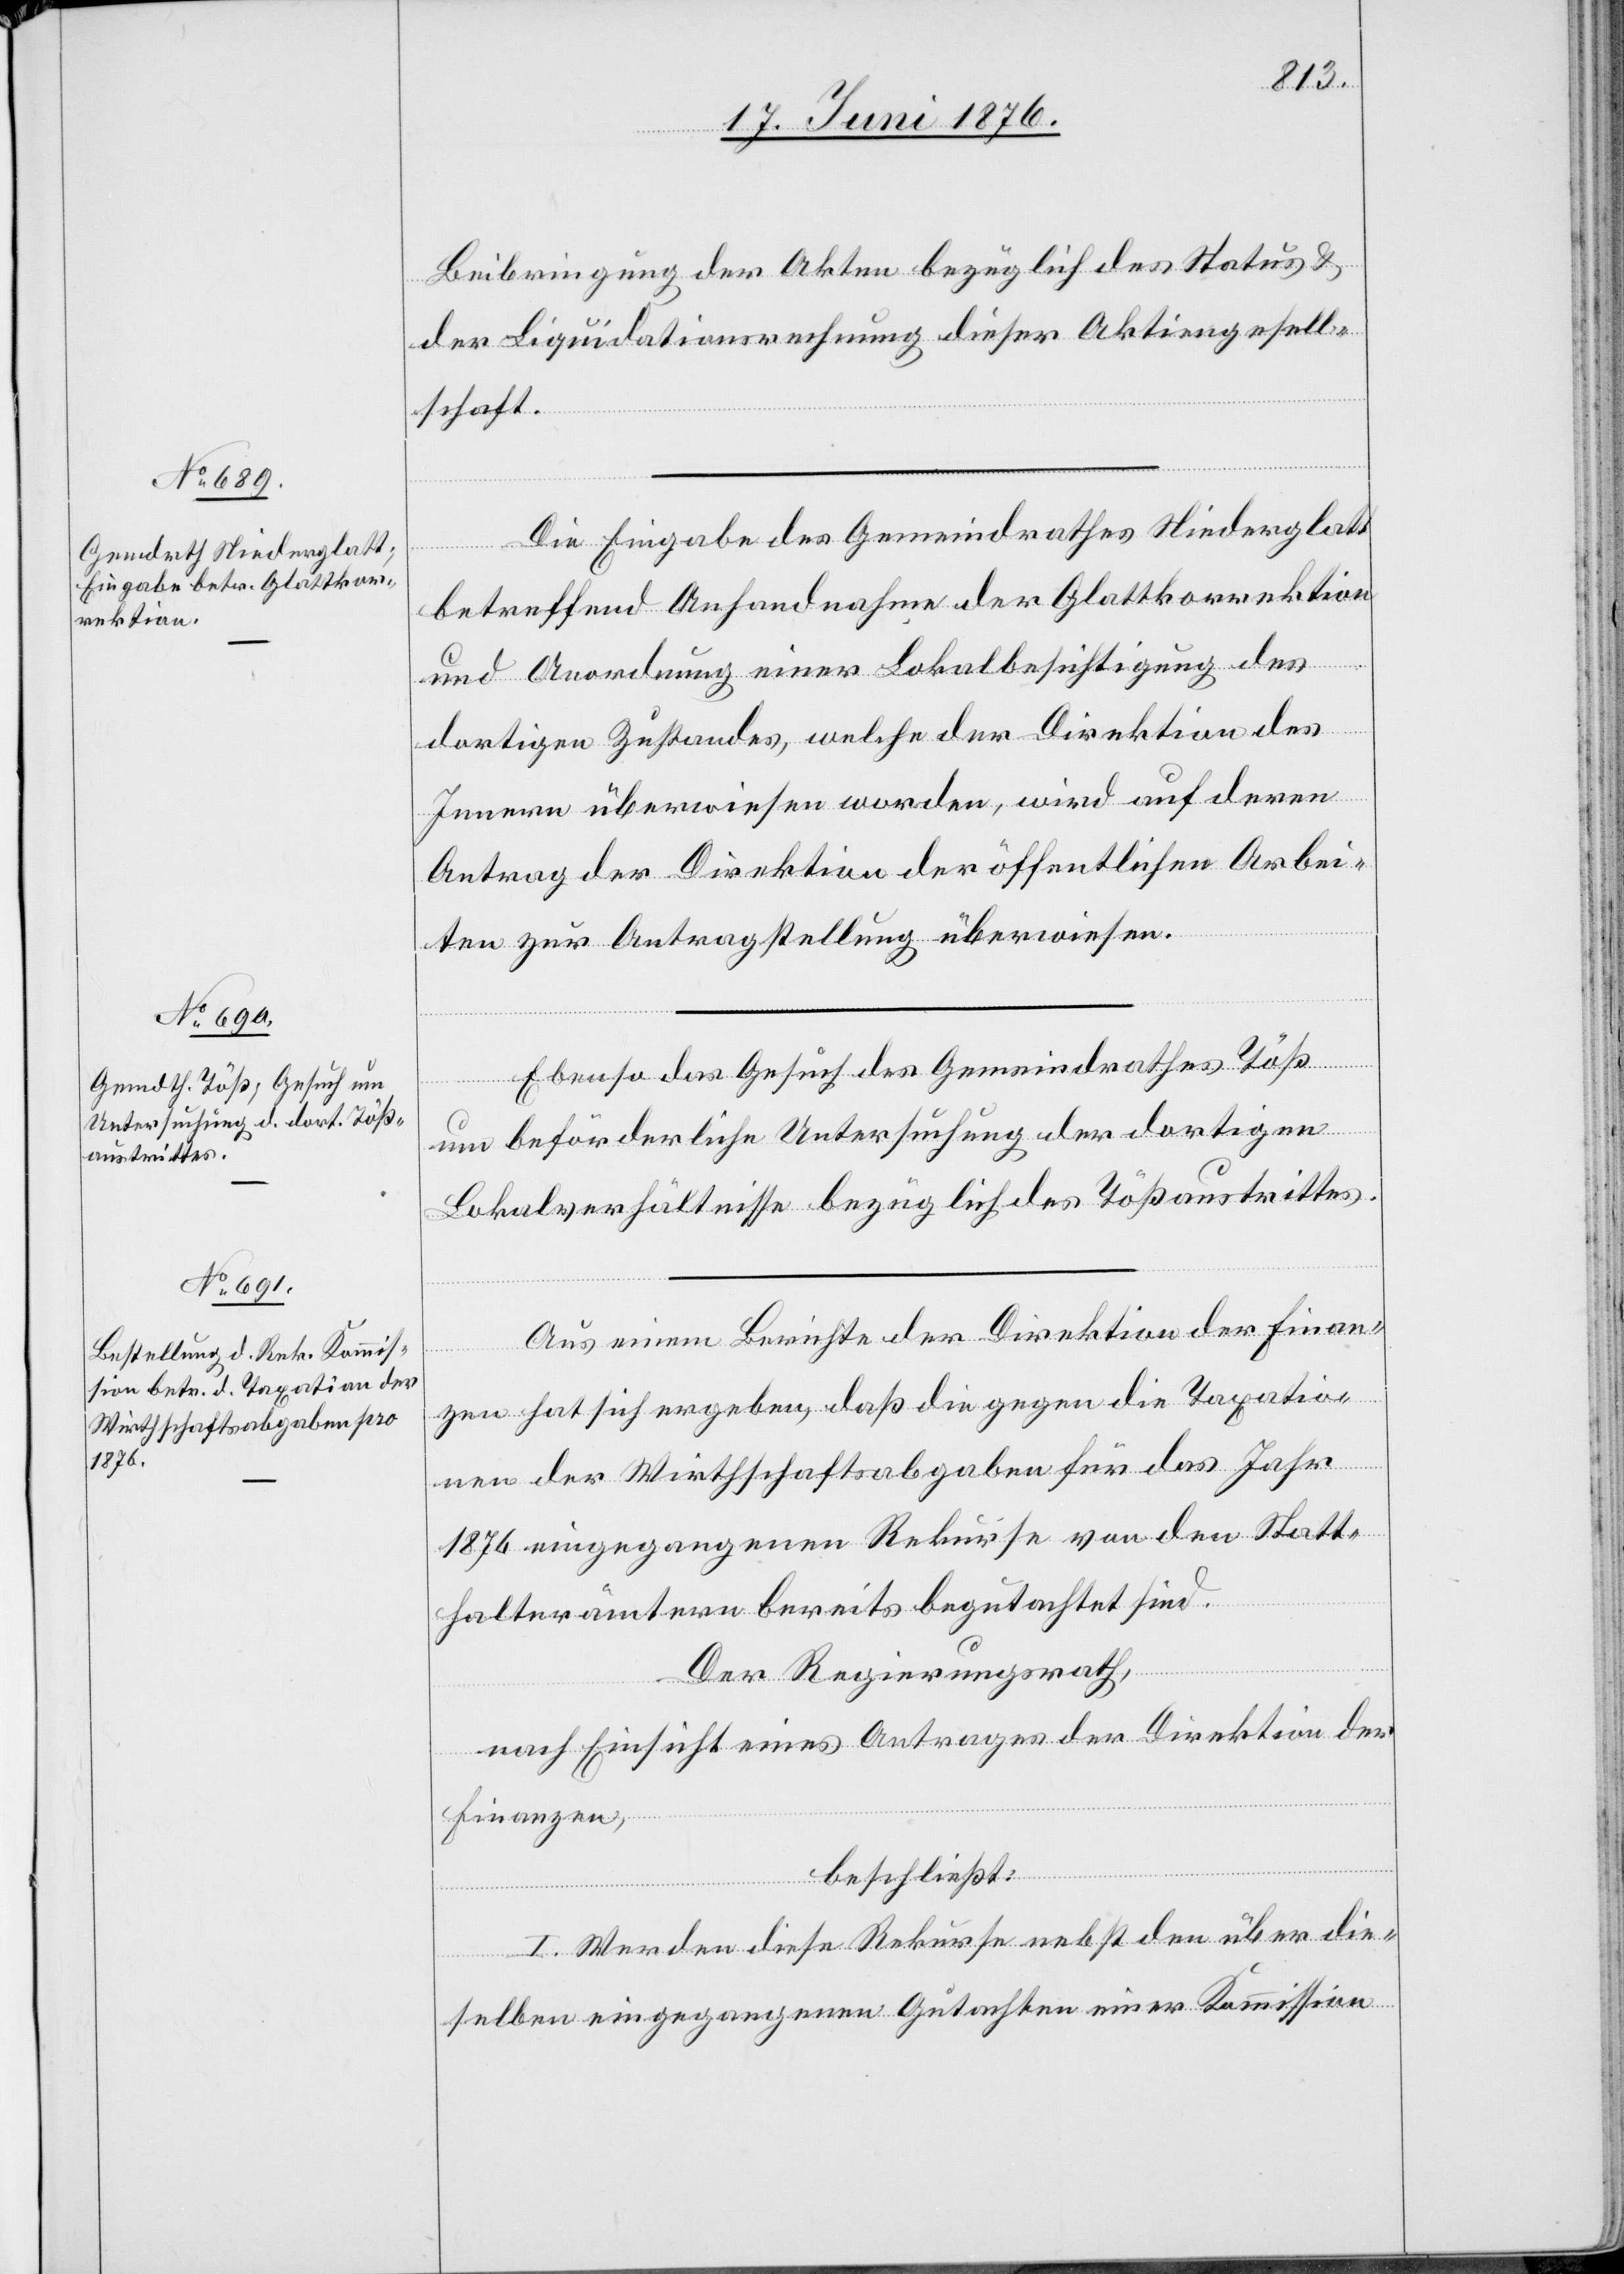
Beibringung der Akten bezüglich des Status &
der Liquidationsrechnung dieser Aktiengesell¬
schaft.
Die Eingabe des Gemeindrathes Niederglatt
betreffend Anhandnahme der Glattkorrektion
und Anordnung einer Lokalbesichtigung des
dortigen Zustandes, welche der Direktion des
Innern überwiesen worden, wird auf deren
Antrag der Direktion der öffentlichen Arbei¬
ten zur Antragstellung überwiesen.
Ebenso das Gesuch des Gemeindrathes Töß
um beförderliche Untersuchung der dortigen
Lokalverhältnisse bezüglich des Tößaustrittes.
Aus einem Berichte der Direktion der Finan¬
zen hat sich ergeben, daß die gegen die Taxatio¬
nen der Wirthschaftsabgaben für das Jahr
1876 eingegangenen Rekurse von den Statt¬
halterämtern bereits begutachtet sind.
Der Regierungsrath,
nach Einsicht eines Antrages der Direktion der
Finanzen,
beschließt:
I. Werden diese Rekurse nebst den über die¬
selben eingegangenen Gutachten einer Kommission